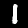
Label: 1